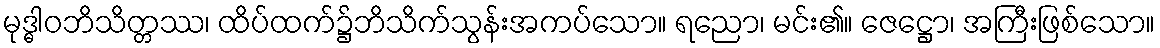
မုဒ္ဓါဝဘိသိတ္တဿ၊ ထိပ်ထက်၌ဘိသိက်သွန်းအကပ်သော။ ရညော၊ မင်း၏။ ဇေဋ္ဌော၊ အကြီးဖြစ်သော။